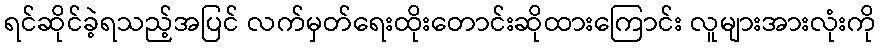
ရင်ဆိုင်ခဲ့ရသည့်အပြင် လက်မှတ်ရေးထိုးတောင်းဆိုထားကြောင်း လူများအားလုံးကို